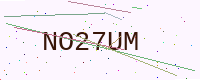
Text: NO27UM